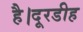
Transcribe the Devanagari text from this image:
है।दूरडीह